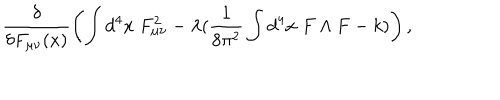
LaTeX: \frac { \delta } { \delta F _ { \mu \nu } ( x ) } \left( \int d ^ { 4 } x \; F _ { \mu \nu } ^ { 2 } - \lambda ( \frac { 1 } { 8 \pi ^ { 2 } } \int d ^ { 4 } x \; F \wedge F - k ) \right) ,